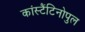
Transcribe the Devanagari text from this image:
कांस्टैंटिनोपुल